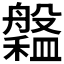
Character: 𦪹